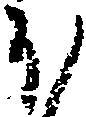
ほ